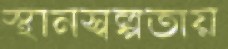
স্থানস্বল্পতায়